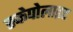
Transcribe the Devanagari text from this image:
स्केपोलाइट